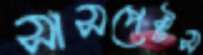
সাসপেক্টস